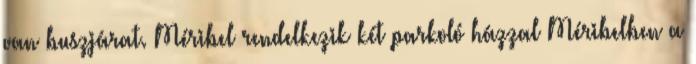
van buszjárat. Méribel rendelkezik két parkoló házzal Méribelben a